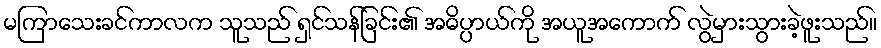
မကြာသေးခင်ကာလက သူသည် ရှင်သန်ခြင်း၏ အဓိပ္ပာယ်ကို အယူအကောက် လွဲမှားသွားခဲ့ဖူးသည်။